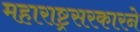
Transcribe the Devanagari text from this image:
महाराष्ट्रसरकारने